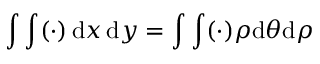
\int \int ( \cdot ) \, { \mathrm { d } } x \, { \mathrm { d } } y = \int \int ( \cdot ) \rho { \mathrm { d } } \theta { \mathrm { d } } \rho